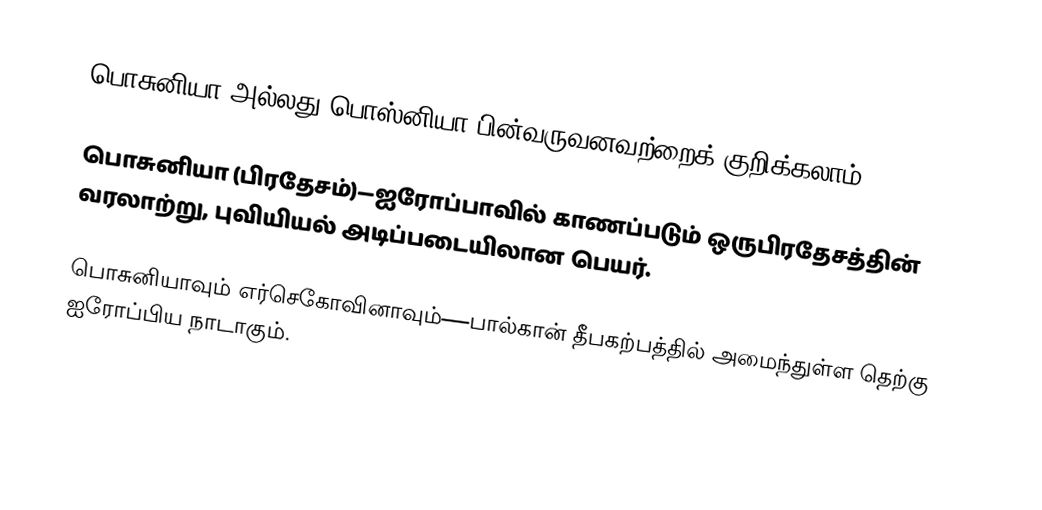
பொசுனியா அல்லது பொஸ்னியா பின்வருவனவற்றைக் குறிக்கலாம்:

பொசுனியா (பிரதேசம்)—ஐரோப்பாவில் காணப்படும் ஒருபிரதேசத்தின் வரலாற்று, புவியியல் அடிப்படையிலான பெயர்.

 பொசுனியாவும் எர்செகோவினாவும்—பால்கான் தீபகற்பத்தில் அமைந்துள்ள தெற்கு ஐரோப்பிய நாடாகும்.